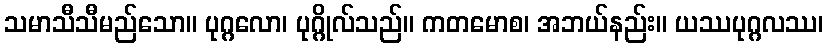
သမာသီသီမည်သော။ ပုဂ္ဂလော၊ ပုဂ္ဂိုလ်သည်။ ကတမောစ၊ အဘယ်နည်း။ ယဿပုဂ္ဂလဿ၊